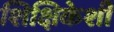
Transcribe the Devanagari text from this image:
शिक्षिकेशी